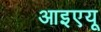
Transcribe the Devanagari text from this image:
आइएयू